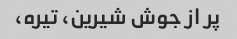
پر از جوش شیرین، تیره،